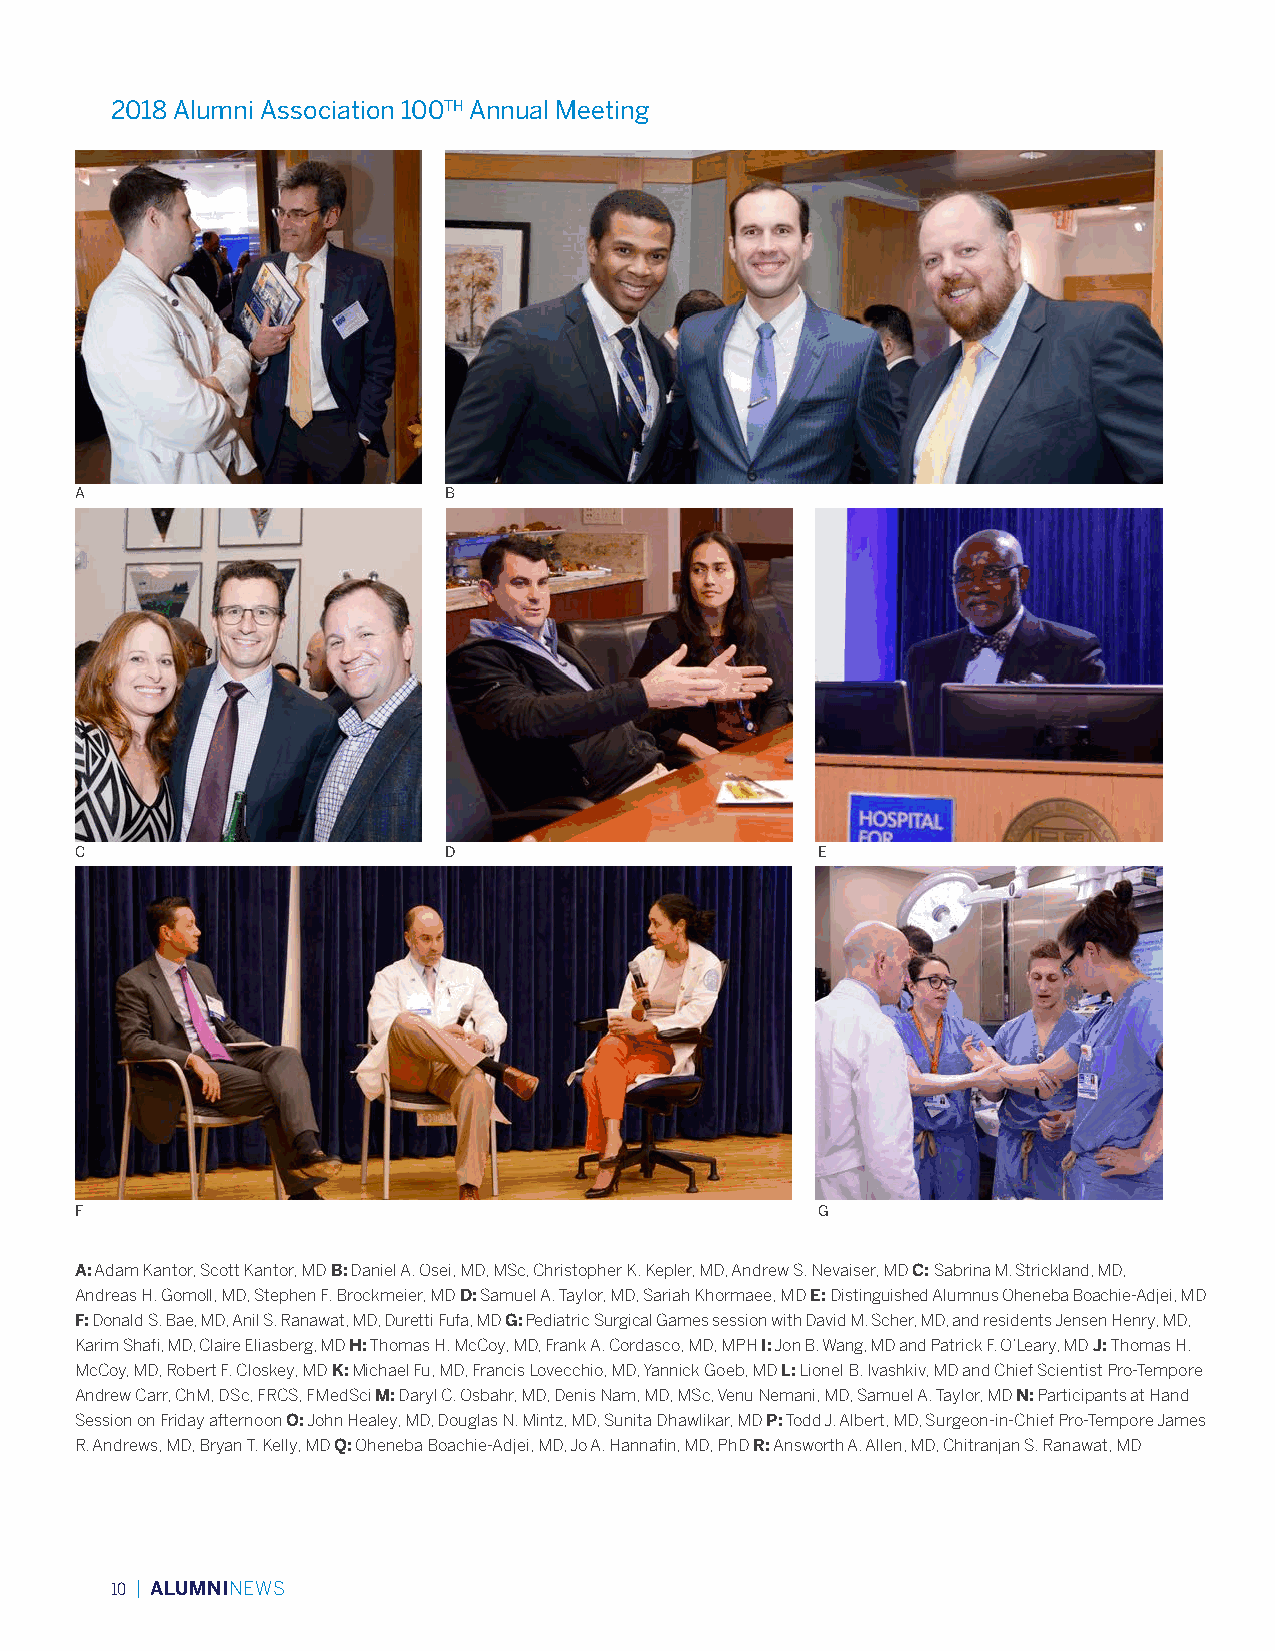
2018 Alumni Association 100TH Annual Meeting
 A                       B
 C                       D                        E
 F                                                G
 A: Adam Kantor, Scott Kantor, MD B: Daniel A. Osei, MD, MSc, Christopher K. Kepler, MD, Andrew S. Nevaiser, MD C: Sabrina M. Strickland, MD,
 Andreas H. Gomoll, MD, Stephen F. Brockmeier, MD D: Samuel A. Taylor, MD, Sariah Khormaee, MD E: Distinguished Alumnus Oheneba Boachie-Adjei, MD
 F: Donald S. Bae, MD, Anil S. Ranawat, MD, Duretti Fufa, MD G: Pediatric Surgical Games session with David M. Scher, MD, and residents Jensen Henry, MD,
 Karim Shafi, MD, Claire Eliasberg, MD H: Thomas H. McCoy, MD, Frank A. Cordasco, MD, MPH I: Jon B. Wang, MD and Patrick F. O’Leary, MD J: Thomas H.
 McCoy, MD, Robert F. Closkey, MD K: Michael Fu, MD, Francis Lovecchio, MD, Yannick Goeb, MD L: Lionel B. Ivashkiv, MD and Chief Scientist Pro-Tempore
 Andrew Carr, ChM, DSc, FRCS, FMedSci M: Daryl C. Osbahr, MD, Denis Nam, MD, MSc, Venu Nemani, MD, Samuel A. Taylor, MD N: Participants at Hand
 Session on Friday afternoon O: John Healey, MD, Douglas N. Mintz, MD, Sunita Dhawlikar, MD P: Todd J. Albert, MD, Surgeon-in-Chief Pro-Tempore James
 R. Andrews, MD, Bryan T. Kelly, MD Q: Oheneba Boachie-Adjei, MD, Jo A. Hannafin, MD, PhD R: Answorth A. Allen, MD, Chitranjan S. Ranawat, MD
 10 | ALUMNINEWS